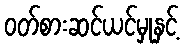
ဝတ်စားဆင်ယင်မှုနှင့်